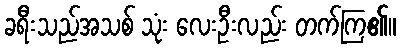
ခရီးသည်အသစ် သုံး လေးဦးလည်း တက်ကြ၏။